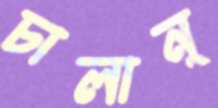
চালান্‌